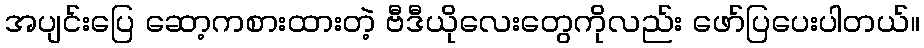
အပျင်းပြေ ဆော့ကစားထားတဲ့ ဗီဒီယိုလေးတွေကိုလည်း ဖော်ပြပေးပါတယ်။